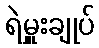
ရဲမှူးချုပ်